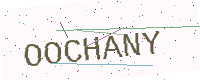
Text: OOCHANY